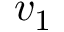
v _ { 1 }